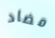
مضاد